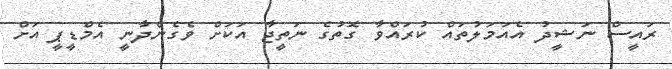
ރައީސް ނަޝީދު އެއަމަލުތައް ކުރައްވާ ގޮތުގެ ނަތީޖާ އަކަށް ވެގެންދާނީ އެމްޑީޕީ އަށް